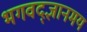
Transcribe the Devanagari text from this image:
भगवद्ज्ञानमय